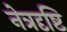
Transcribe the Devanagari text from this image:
नेत्रदृष्टि